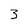
Character: 3